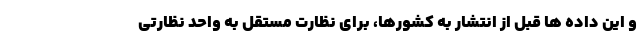
و این داده ها قبل از انتشار به کشورها، برای نظارت مستقل به واحد نظارتی